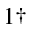
^ { 1 \dagger }